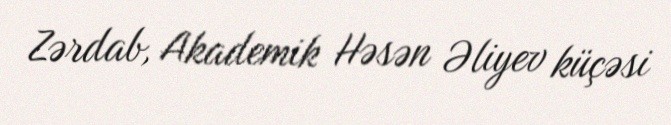
Zərdab, Akademik Həsən Əliyev küçəsi